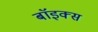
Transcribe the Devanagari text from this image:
बाॅइक्स